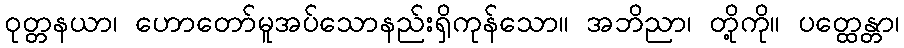
ဝုတ္တနယာ၊ ဟောတော်မူအပ်သောနည်းရှိကုန်သော။ အဘိညာ၊ တို့ကို။ ပတ္ထေန္တာ၊